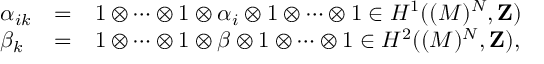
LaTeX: \begin{array} { l l l } { { \alpha _ { i k } } } & { { = } } & { { 1 \otimes \cdots \otimes 1 \otimes \alpha _ { i } \otimes 1 \otimes \cdots \otimes 1 \in H ^ { 1 } ( ( M ) ^ { N } , { \bf { Z } } ) } } \\ { { \beta _ { k } } } & { { = } } & { { 1 \otimes \cdots \otimes 1 \otimes \beta \otimes 1 \otimes \cdots \otimes 1 \in H ^ { 2 } ( ( M ) ^ { N } , { \bf { Z } } ) , } } \end{array}